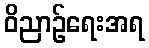
ဝိညာဉ်ရေးအရ